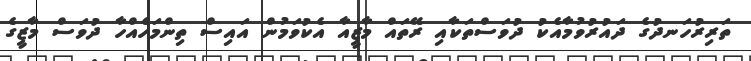
ތަރިރުހަނދުގެ ދައުރުވުމާއެކު ދުވަސްތަކާއި ރޭތައް މާޒީއާ އެކުވަމުން އައިސް ތިންމަހެއްހާ ދުވަސް މާޒީގެ